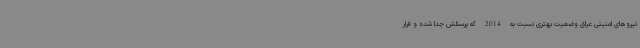
نیروهای امنیتی عراق وضعیت بهتری نسبت به 2014 که پرسنلش جدا شده و فرار